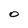
Character: O